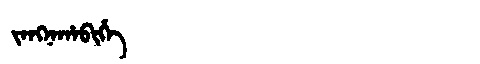
Manchu: ᠵᠠᠩᠨᠠᡥᠠᠪᡳᡥᡝ
Romanization: JANGNAHABIHE